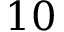
1 0